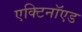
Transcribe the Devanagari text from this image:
एक्टिनॉएड